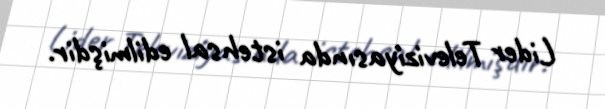
Lider Televiziyasında istehsal edilmişdir.